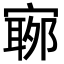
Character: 𡪬